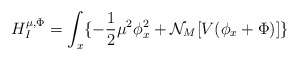
\begin{align*}H_I^{\mu,\Phi}=\int_x\{-{\frac {1}{2}}\mu^2 \phi_x^2+{\cal N}_M[V(\phi_x+\Phi)]\}\end{align*}